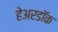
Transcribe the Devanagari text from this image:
हेअरडॉक